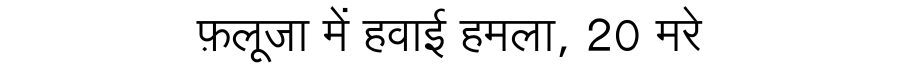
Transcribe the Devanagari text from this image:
फ़लूजा में हवाई हमला, 20 मरे